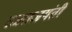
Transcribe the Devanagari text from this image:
रजतजयंती